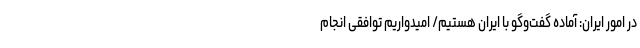
در امور ایران: آماده گفت‌وگو با ایران هستیم/ امیدواریم توافقی انجام